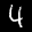
Label: 4